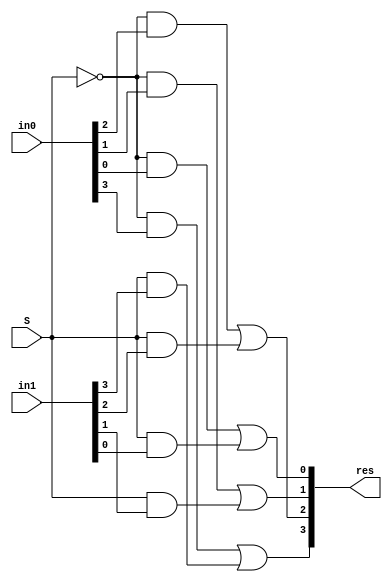
module mux2_4(res, in0, in1, S);

    input [3:0] in0, in1;
    input S;
    output[3:0] res;

    not(si,S);

    and and1(si01, si, in0[3]);
    and and2(si02, si, in0[2]);
    and and3(si03, si, in0[1]);
    and and4(si04, si, in0[0]);
    and and5(s11, S, in1[3]);
    and and6(s12, S, in1[2]);
    and and7(s13, S, in1[1]);
    and and8(s14, S, in1[0]);

    or or1(res[3], si01, s11);
    or or2(res[2], si02, s12);
    or or3(res[1], si03, s13);
    or or4(res[0], si04, s14);

endmodule